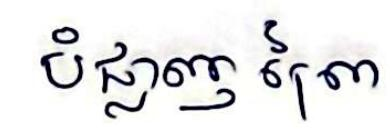
បំផ្លាញ ព្រៃ